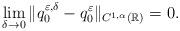
LaTeX: \begin{align*}\lim _{\delta\to 0} \| q^{\varepsilon,\delta}_0 -q ^{ \varepsilon } _0\|_{C^{1,\alpha} (\mathbb{R})} =0. \end{align*}